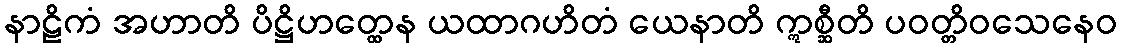
နာဠိကံ အဟာတိ ပိဋ္ဌိဟတ္ထေန ယထာဂဟိတံ ယေနာတိ ဣစ္ဆီတိ ပဝတ္တိဝသေနေဝ